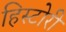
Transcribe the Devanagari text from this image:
हिस्टोरी